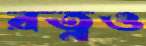
রত্নও